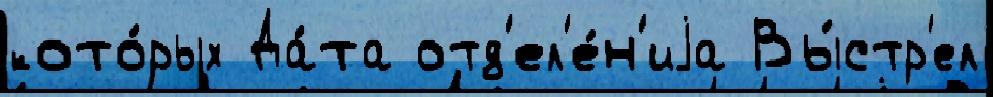
кото́рых Да́та отд'ел'е́н'иjа Вы́стр'ел